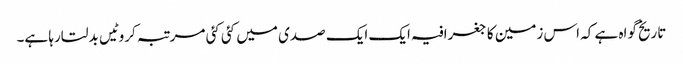
تاریخ گواہ ہے کہ اس زمین کا جغرافیہ ایک ایک صدی میں کئی کئی مرتبہ کروٹیں بدلتارہا ہے۔